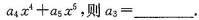
$$a_4x^4+a_5x^5$$，则a_3=___.